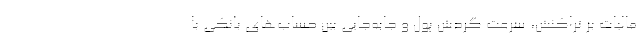
مالیات بر تراکنش، سرعت گردش پول و جابه‌جایی بین حساب‌های بانکی با